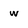
Character: w